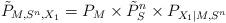
LaTeX: \begin{align*}\tilde P_{M, S^n, X_1} = P_M \times \tilde P_S^n \times P_{X_1|M,S^n} \end{align*}